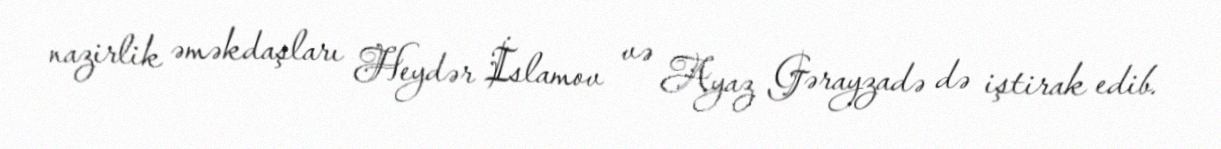
nazirlik əməkdaşları Heydər İslamov və Ayaz Gərayzadə də iştirak edib.